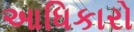
આધિકારો